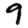
Digit: 9